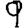
Digit: 9